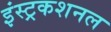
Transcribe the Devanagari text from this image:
इंस्ट्रकशनल